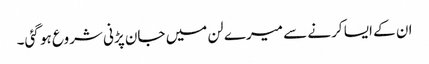
ان کے ایسا کرنے سے میرے لن میں جان پڑنی شروع ہو گئی۔